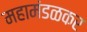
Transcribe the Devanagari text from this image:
महामंडळकर